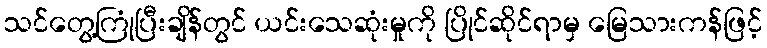
သင်တွေ့ကြုံပြီးချိန်တွင် ယင်းသေဆုံးမှုကို ပြိုင်ဆိုင်ရာမှ မြေသားကန်ဖြင့်